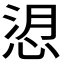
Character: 𢚑